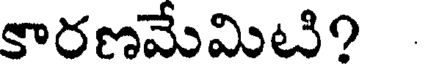
కారణమేమిటి?